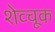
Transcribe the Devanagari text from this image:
शेव्चूक